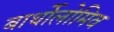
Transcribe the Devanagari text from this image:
बार्थोलोमिव